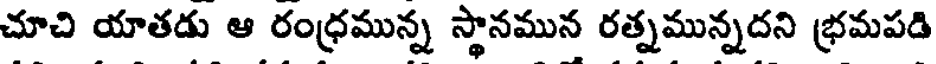
చూచి యాతడు ఆ రంధ్రమున్న స్థానమున రత్నమున్నదని భ్రమపడి